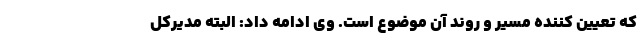
که تعیین کننده مسیر و روند آن موضوع است. وی ادامه داد: البته مدیرکل